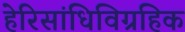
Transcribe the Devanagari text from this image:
हेरिसांधिविग्रहिक